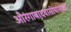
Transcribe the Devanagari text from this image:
औरंगाबादवासीयांसाठी